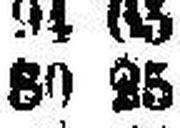
80 25